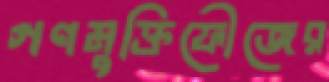
গণমুক্তিফৌজের